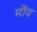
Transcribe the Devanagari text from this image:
मींय